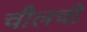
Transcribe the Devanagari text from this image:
चौलची